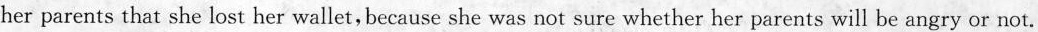
her parents that she lost her wallet, because she was not sure whether her parents will be angry or not.